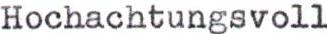
Hochachtungsvoll